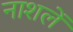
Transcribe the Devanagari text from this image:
नाशलें